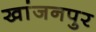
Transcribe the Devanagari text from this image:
खांजनपुर